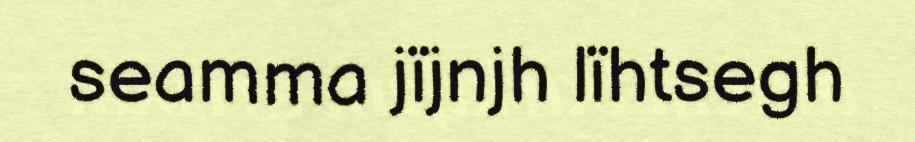
seamma jïjnjh lïhtsegh